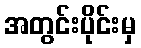
အတွင်းပိုင်းမှ